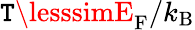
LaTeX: \mathtt{T}\lesssimE_{\mathrm{{F}}}/k_{\mathrm{{B}}}